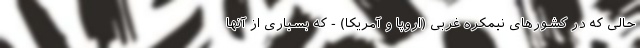
حالی که در کشورهای نیمکره غربی (اروپا و آمریکا) - که بسیاری از آنها